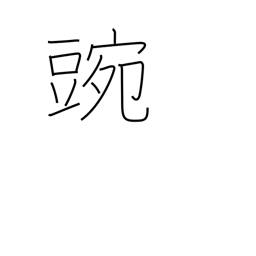
Meaning: pea